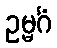
ဥမ္မင်္ဂံ